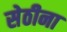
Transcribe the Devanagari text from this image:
सेठीना